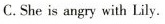
C.She is angry with Lily.